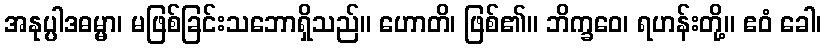
အနုပ္ပါဒဓမ္မာ၊ မဖြစ်ခြင်းသဘောရှိသည်။ ဟောတိ၊ ဖြစ်၏။ ဘိက္ခဝေ၊ ရဟန်းတို့။ ဧဝံ ခေါ၊